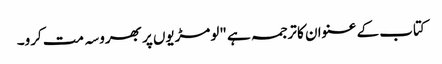
کتاب کے عنوان کا ترجمہ ہے "لومڑیوں پر بھروسہ مت کرو۔